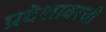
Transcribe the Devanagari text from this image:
प्रदेशावरची